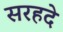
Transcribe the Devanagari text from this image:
सरहदे